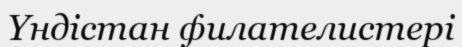
Үндістан филателистері